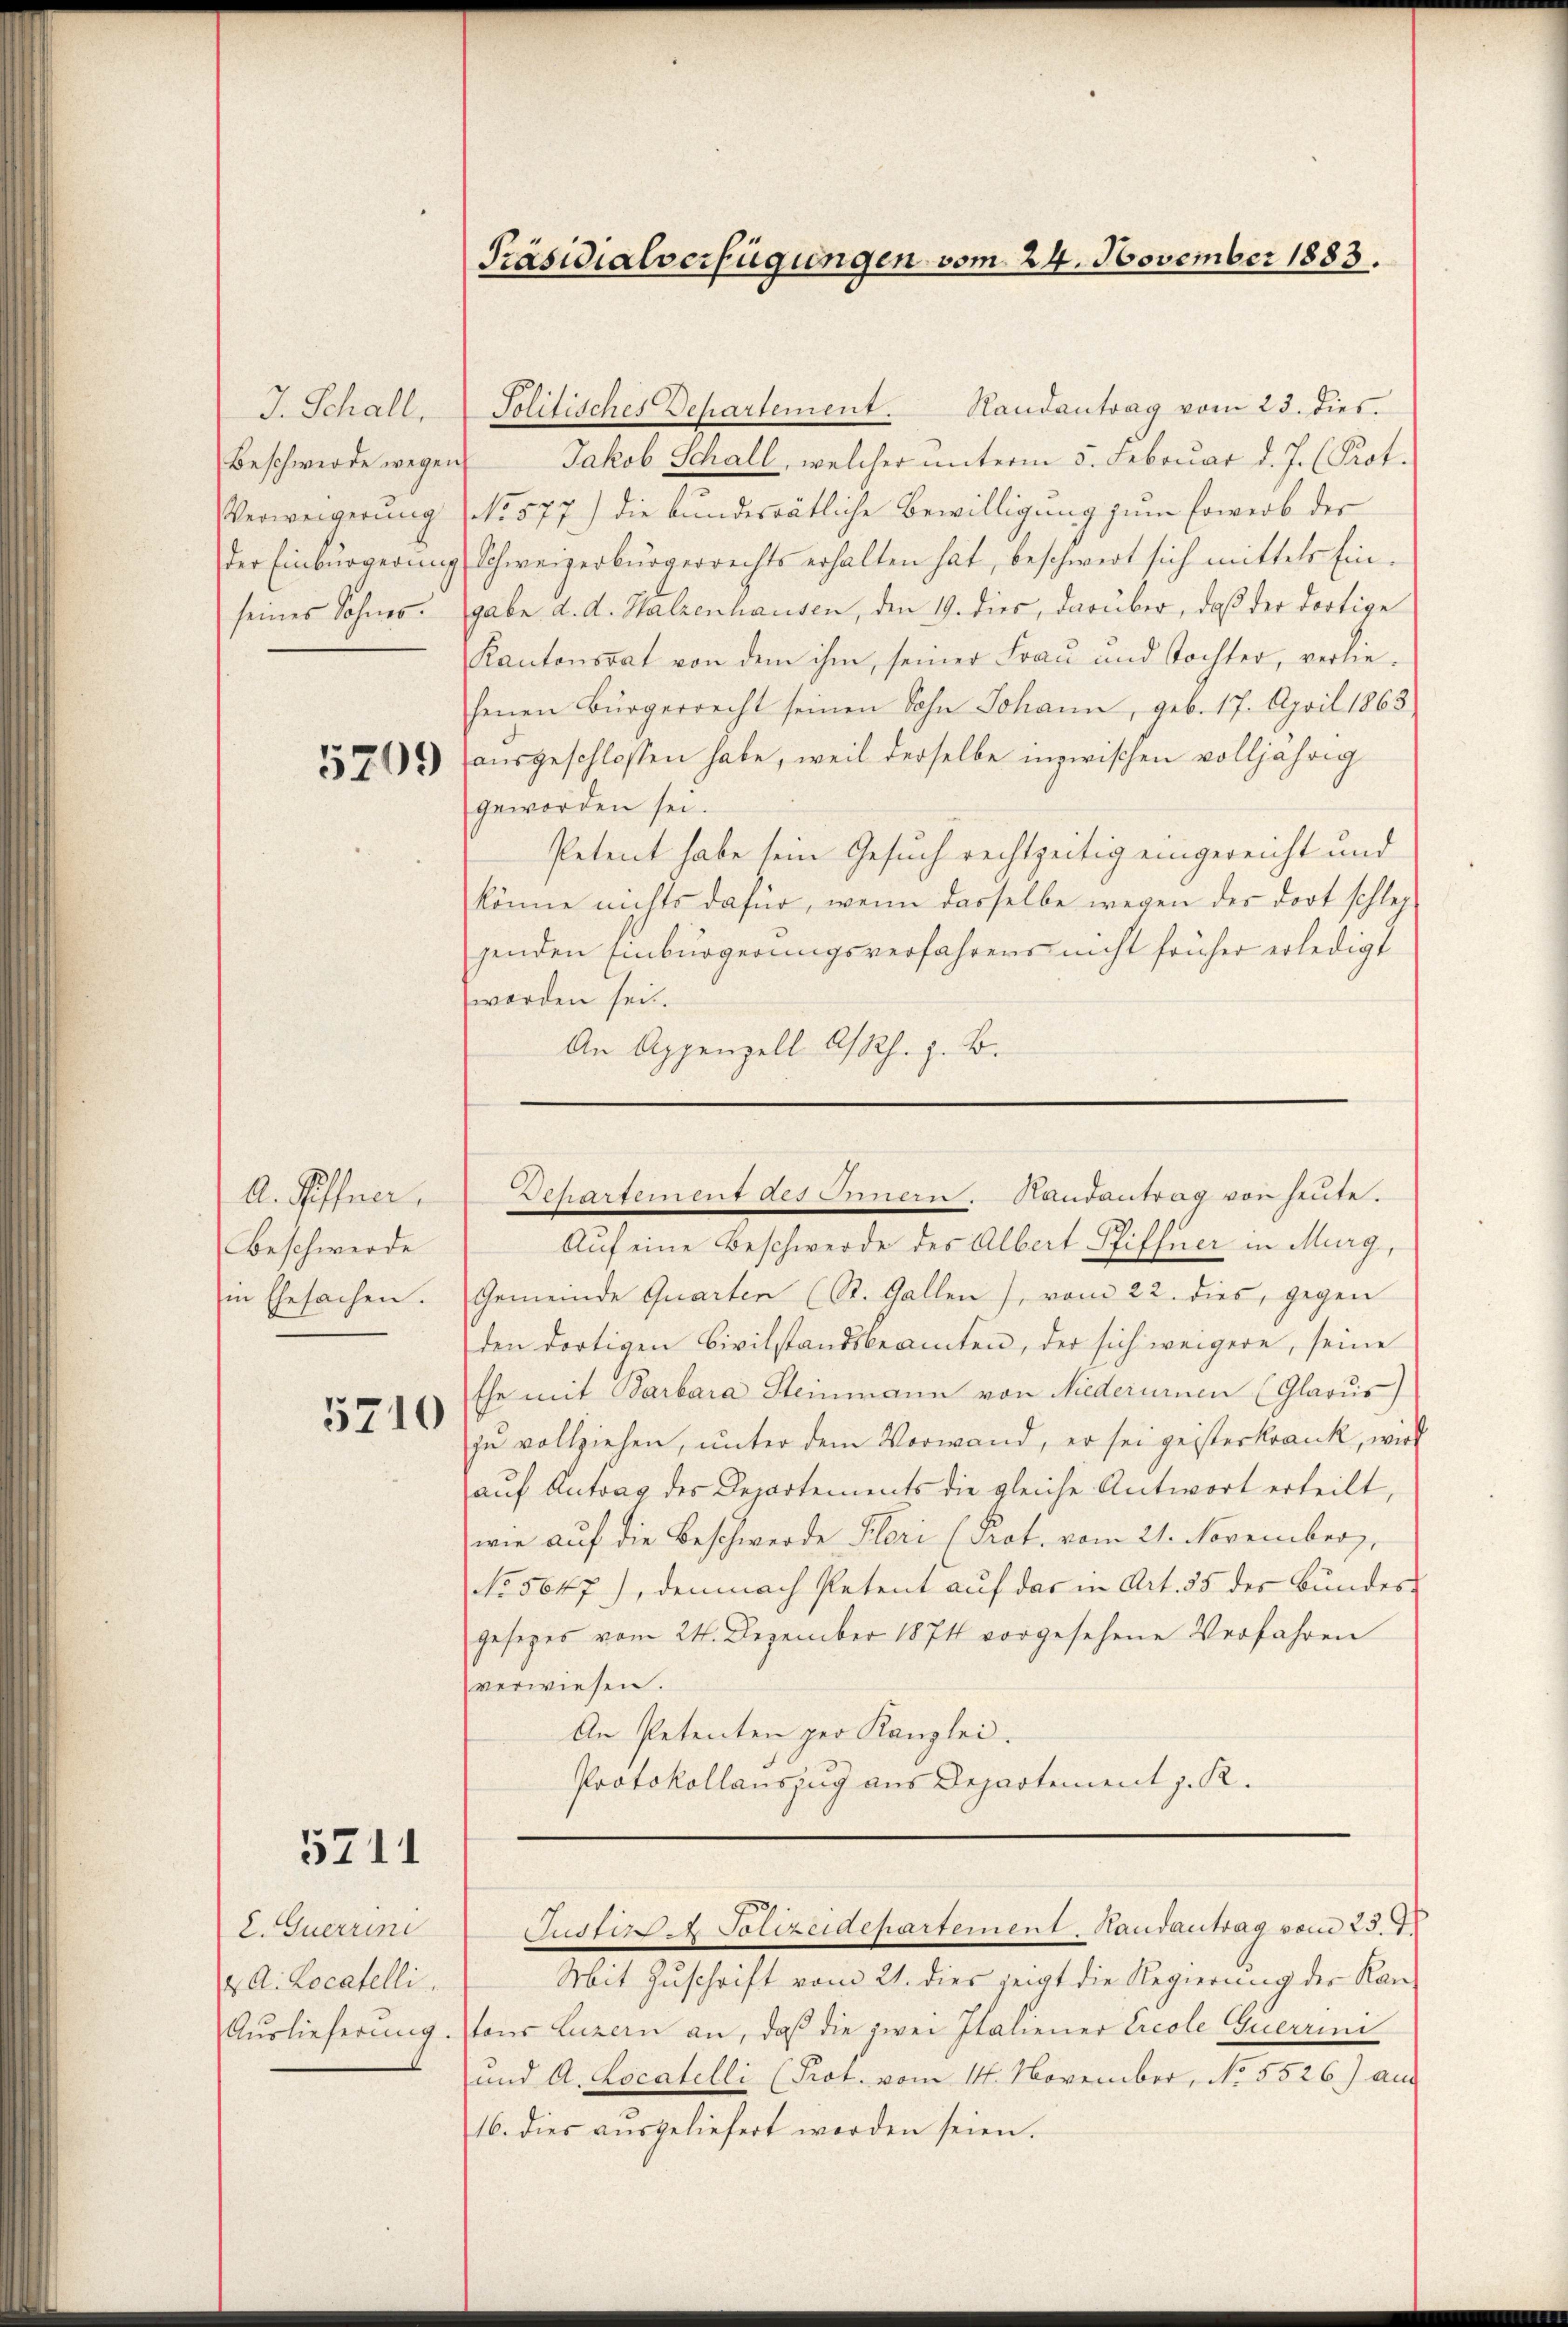
J. Schall,
Beschwerde wegen
Verweigerung
der Einbürgerin
seines Sohnes.

A. Pöffner,
Beschwerde
in Ehesachen.

5710

5211

2. Querrini
 A. Locatelli

Randantrag vom 23. dies
Politisches Departement.
Jakob Schall, welcher unterm 5. Februar d. J. (Prot.
No 577.) die bundesrätliche Bewilligung zum Erwerb der
ag Schweizerbürgerrechts erhalten hat, beschwert sich mittels Ein-
gabe d. d. Halzenhausen, den 19. dies, darüber, daß der dortige
Kantonsrat von dem ihm, seiner Frau und Tochter, verliehenen Bürgerrecht seinen Sohn Johann, geb. 17. April 1863.
3372) ausgeschlossen habe, weil derselbe inzwischen volljährig
geworden sei.
Petent habe sein Gesuch rechtzeitig eingereicht und
könne nichts dafür, wenn dasselbe wegen des dort schleg
genden Einbürgerungsverfahrens nicht früher erledigt
worden sei.
An Appenzell A/Rh. z. B.
Auf eine Beschwerde des Albert Pfiffner in Murg,
Gemeinde Quarten (St. Gallen), vom 22. dies, gegen
den dortigen Civilstandsbeamten, der sich weigere, seine
Ehe mit Barbara Steinmann von Niederurnen (Glarus)
zu vollziehen, unter dem Vorwand, er sei geisterkrank, wird
auf Antrag des Departements die gleiche Antwort erteilt,
wie auf die Beschwerde Flori (Prot. vom 21. November,
No. 5647), demnach Petent auf das in Art. 35 des Bundes-
gesezes vom 24. Dezember 1874 vorgesehene Verfahren
verwiesen.
An Petenten per Kanzlei.
Protokollauszug aus Departement z. R.
Justiz. Polizeidepartement. Handantrag vom 25. d.
Mit Zuschrift vom 21. dies zeigt die Regierung der Kan¬
Auslieferung. tons Luzern an, daß die zwei Italiener Ercole Querrini
und A. Locatelli (Prot. vom 14. November, No. 5526) au
16. dies aŭsgeliefert werden seien.

Präsidialverfügungen vom 24. November 1883.

Dehartement des Innern. Bandantrag von heute.